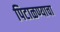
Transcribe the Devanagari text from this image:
पिटाळण्याचा